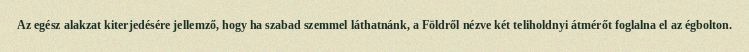
Az egész alakzat kiterjedésére jellemző, hogy ha szabad szemmel láthatnánk, a Földről nézve két teliholdnyi átmérőt foglalna el az égbolton.